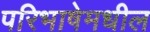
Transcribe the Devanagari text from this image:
परिभाषेमधील